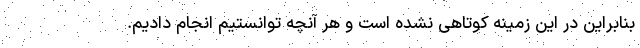
بنابراین در این زمینه کوتاهی نشده است و هر آنچه توانستیم انجام دادیم.